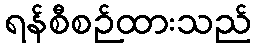
ရန်စီစဉ်ထားသည်